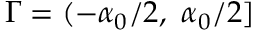
\Gamma = ( - \alpha _ { 0 } / 2 , \ \alpha _ { 0 } / 2 ]